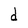
Character: d